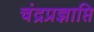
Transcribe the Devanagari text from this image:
चंद्रप्रज्ञाप्ति